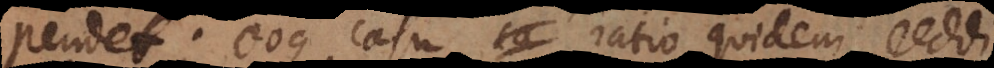
pendet; eoque casu ratio quidem reddi